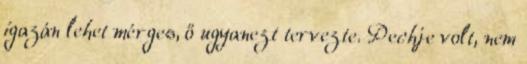
igazán lehet mérges, ő ugyanezt tervezte. Pechje volt, nem